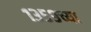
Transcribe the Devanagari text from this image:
१३५९च्या